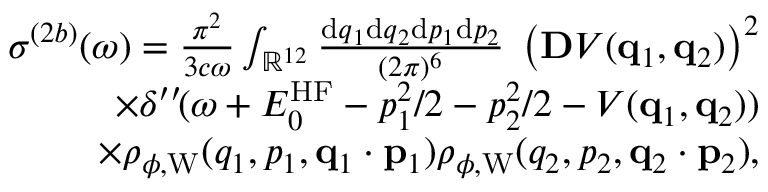
\begin{array} { r } { \sigma ^ { ( 2 b ) } ( \omega ) = \frac { \pi ^ { 2 } } { 3 c \omega } \int _ { \mathbb { R } ^ { 1 2 } } \frac { \ensuremath { \mathrm { d } } \b { q } _ { 1 } \ensuremath { \mathrm { d } } \b { q } _ { 2 } \ensuremath { \mathrm { d } } \b { p } _ { 1 } \ensuremath { \mathrm { d } } \b { p } _ { 2 } } { ( 2 \pi ) ^ { 6 } } \; \left( \ensuremath { \mathbf { D } } V ( \ensuremath { \mathbf { q } } _ { 1 } , \ensuremath { \mathbf { q } } _ { 2 } ) \right) ^ { 2 } } \\ { \times \delta ^ { \prime \prime } \! ( \omega + E _ { 0 } ^ { \mathrm { H F } } - p _ { 1 } ^ { 2 } / 2 - p _ { 2 } ^ { 2 } / 2 - V ( \ensuremath { \mathbf { q } } _ { 1 } , \ensuremath { \mathbf { q } } _ { 2 } ) ) } \\ { \times \rho _ { \phi , \mathrm { W } } ( q _ { 1 } , p _ { 1 } , \ensuremath { \mathbf { q } } _ { 1 } \cdot \ensuremath { \mathbf { p } } _ { 1 } ) \rho _ { \phi , \mathrm { W } } ( q _ { 2 } , p _ { 2 } , \ensuremath { \mathbf { q } } _ { 2 } \cdot \ensuremath { \mathbf { p } } _ { 2 } ) , } \end{array}